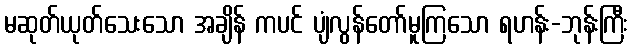
မဆုတ်ယုတ်သေးသော အချိန် ကပင် ပျံလွန်တော်မူကြသော ရဟန်း-ဘုန်းကြီး